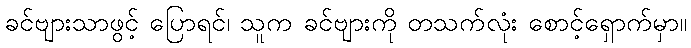
ခင်ဗျားသာဖွင့် ပြောရင်၊ သူက ခင်ဗျားကို တသက်လုံး စောင့်ရှောက်မှာ။